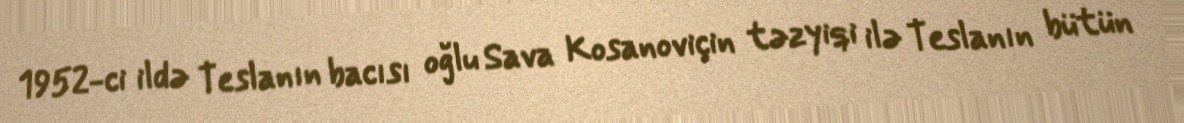
1952-ci ildə Teslanın bacısı oğlu Sava Kosanoviçin təzyiqi ilə Teslanın bütün